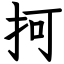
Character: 抲